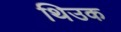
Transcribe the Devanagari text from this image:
थिउक